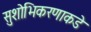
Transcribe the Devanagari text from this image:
सुशोभिकरणाकडे